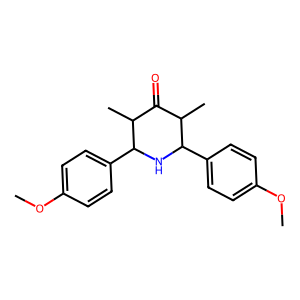
SMILES: COc1ccc(C2NC(c3ccc(OC)cc3)C(C)C(=O)C2C)cc1
Inhibits HIV replication: No